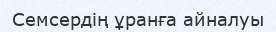
Семсердің ұранға айналуы